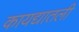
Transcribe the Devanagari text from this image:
कायद्यातली